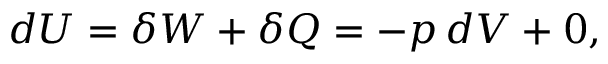
d U = \delta W + \delta Q = - p \, d V + 0 ,